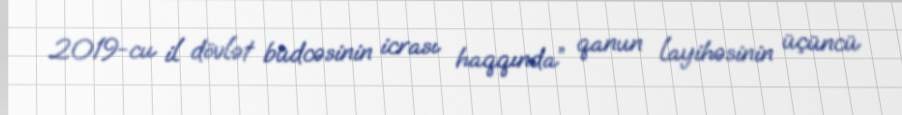
2019-cu il dövlət büdcəsinin icrası haqqında” qanun layihəsinin üçüncü